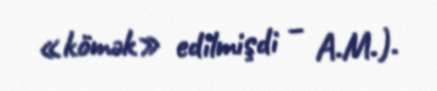
«kömək» edilmişdi – A.M.).